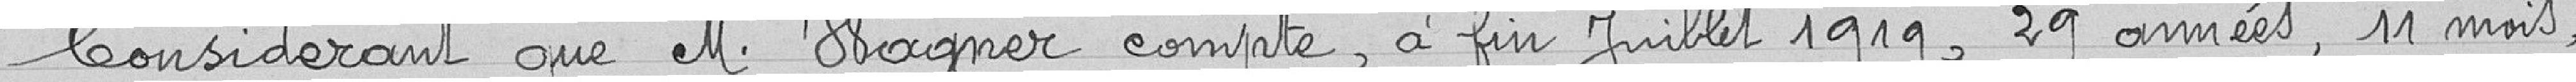
Considérant que Monsieur Wagner compte, à fin juillet 1919, 29 années, 11 mois